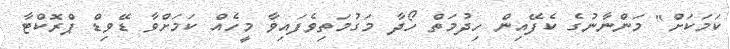
ކަމަކަށް" މަންނާނުގެ ކެފޭއިން ހިދުމަތް ހޯދާ މަގުމަތިވެފައިވާ މީހެއް ކަމަށްވާ ޑޭވިޑް ޕްރޮކްޓާ